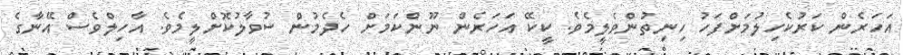
އަހަރެން ކަރުކެހިލުމަށްފަހު ހިނިތުންވެލީމެވެ. ކީކޭ އަހަރެން ނޫންކަމަށް ހެދެމުން ސުވާލުކޮށްލީމެވެ. އާހިލްވެސް އޭނާގެ